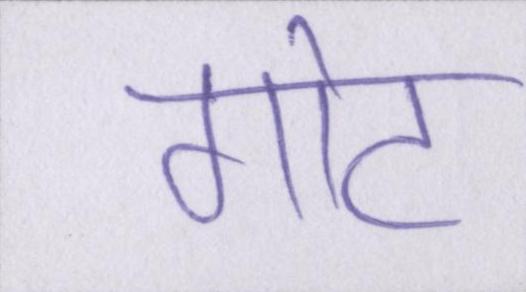
गोट